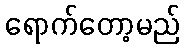
ရောက်တော့မည်